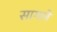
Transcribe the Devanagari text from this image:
सागले